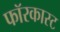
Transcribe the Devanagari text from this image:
फॉरकास्ट